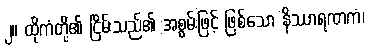
၂။ ထိုကံတို့၏ ငြိမ်းသည်၏ အစွမ်းဖြင့် ဖြစ်သော နိဿာရဏကံ၊